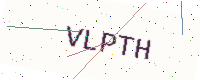
Text: VLPTH